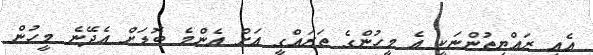
އެއީ ރައްޔިތުންނަކީ އެ މީހުންގެ ތަރައްގީ އަށް އެންމެ ބޮޑަށް އެދޭނެ މީހުން